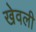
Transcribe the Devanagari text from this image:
खेवली